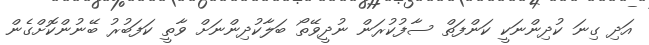
އަދި ގިނަ ކުދިންނަކީ ކަންފަތް ސާފުކުރަން ނުދީވޭތޯ ބަލާކުދިންނަށް ވާތީ ކަފަބުރު ބޭނުންކޮށްގެން